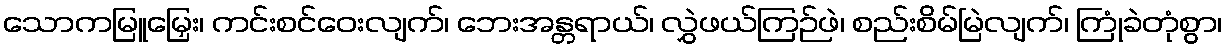
သောကမြူမြှေး၊ ကင်းစင်ဝေးလျက်၊ ဘေးအန္တရာယ်၊ လွှဲဖယ်ကြဉ်ဖဲ၊ စည်းစိမ်မြဲလျက်၊ ကြုံခဲတုံစွာ၊